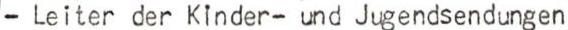
- Leiter der Kinder- und Jugendsendungen